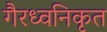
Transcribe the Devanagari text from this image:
गैरध्वनिकृत